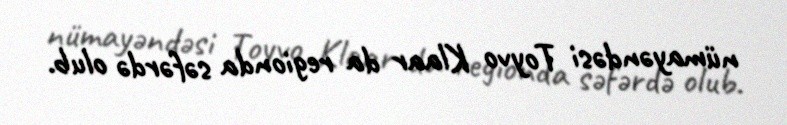
nümayəndəsi Toyvo Klaar da regionda səfərdə olub.